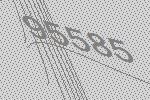
95585